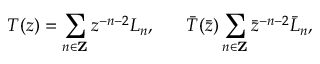
T ( z ) = \sum _ { n \in { \bf Z } } z ^ { - n - 2 } L _ { n } , \ \ \ \ \ \bar { T } ( \bar { z } ) \sum _ { n \in { \bf Z } } \bar { z } ^ { - n - 2 } \bar { L } _ { n } ,